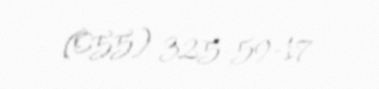
(055) 325-59-17